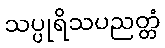
သပ္ပုရိသပညတ္တံ